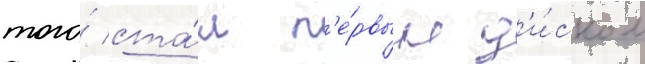
того́ ста́л п'е́рвым д'и́ском